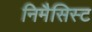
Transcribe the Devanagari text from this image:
निमैसिस्ट